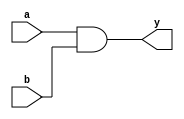
module combinational_logic (
    input wire a,         // First input signal
    input wire b,         // Second input signal
    output reg y         // Output signal
);

// Combinational logic using an always block with blocking assignment
always @ (a or b) begin
    y = a & b;           // Output is the logical AND of inputs a and b
end

endmodule